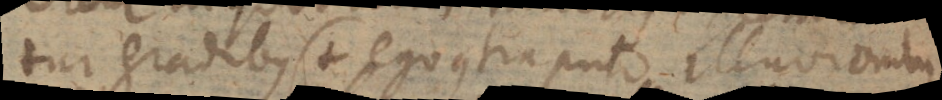
tur gradibus (+ ego contra puto illuvionibus